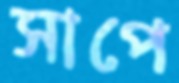
সাপে